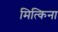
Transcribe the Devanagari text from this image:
मित्किना